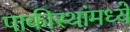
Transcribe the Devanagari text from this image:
पाकीस्थांमध्ये